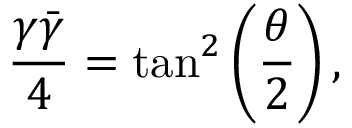
\frac { \gamma \bar { \gamma } } { 4 } = \tan ^ { 2 } \left( \frac { \theta } { 2 } \right) ,